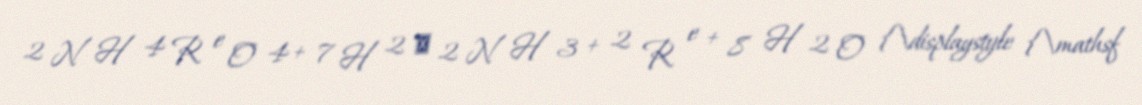
2 N H 4 R e O 4 + 7 H 2 → 2 N H 3 + 2 R e + 8 H 2 O {\displaystyle {\mathsf